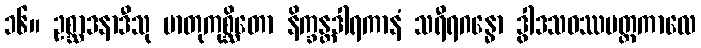
၁၆။ ဥစ္ဆာဒနာဒီသု မာတုကုစ္ဆိတော နိက္ခန္တဒါရကာနံ သရီရဂန္ဓော ဒွါဒသဝဿပတ္တကာလေ